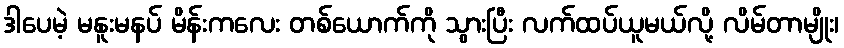
ဒါပေမဲ့ မနူးမနပ် မိန်းကလေး တစ်ယောက်ကို သွားပြီး လက်ထပ်ယူမယ်လို့ လိမ်တာမျိုး၊